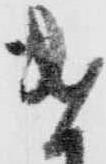
遣